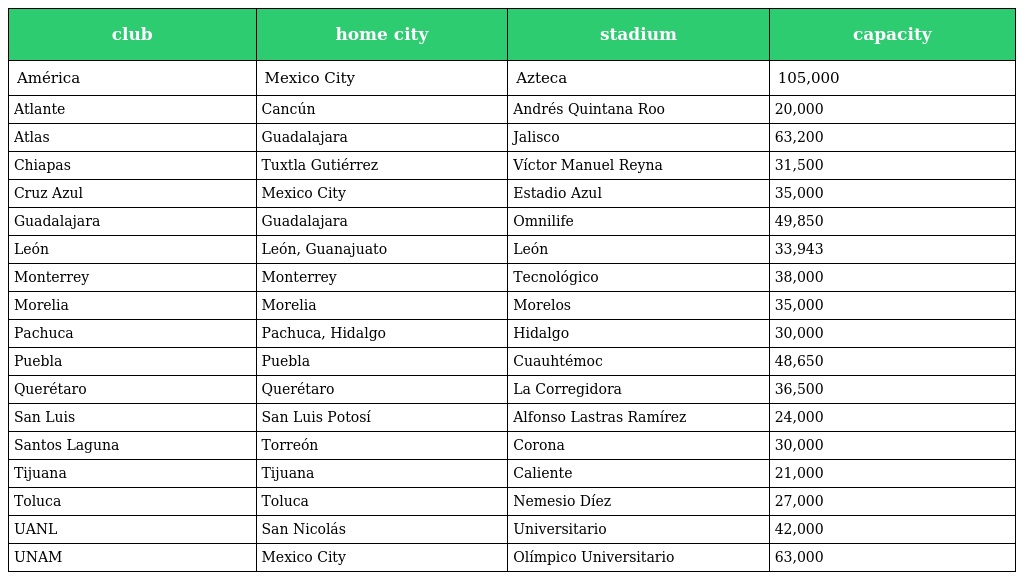
| club | home city | stadium | capacity |
 | --- | --- | --- | --- |
 | América | Mexico City | Azteca | 105,000 |
 | Atlante | Cancún | Andrés Quintana Roo | 20,000 |
 | Atlas | Guadalajara | Jalisco | 63,200 |
 | Chiapas | Tuxtla Gutiérrez | Víctor Manuel Reyna | 31,500 |
 | Cruz Azul | Mexico City | Estadio Azul | 35,000 |
 | Guadalajara | Guadalajara | Omnilife | 49,850 |
 | León | León, Guanajuato | León | 33,943 |
 | Monterrey | Monterrey | Tecnológico | 38,000 |
 | Morelia | Morelia | Morelos | 35,000 |
 | Pachuca | Pachuca, Hidalgo | Hidalgo | 30,000 |
 | Puebla | Puebla | Cuauhtémoc | 48,650 |
 | Querétaro | Querétaro | La Corregidora | 36,500 |
 | San Luis | San Luis Potosí | Alfonso Lastras Ramírez | 24,000 |
 | Santos Laguna | Torreón | Corona | 30,000 |
 | Tijuana | Tijuana | Caliente | 21,000 |
 | Toluca | Toluca | Nemesio Díez | 27,000 |
 | UANL | San Nicolás | Universitario | 42,000 |
 | UNAM | Mexico City | Olímpico Universitario | 63,000 |